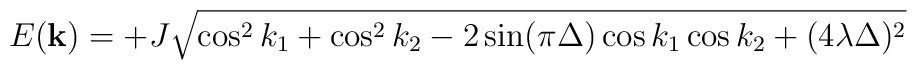
E({\bf k})=+J \sqrt{\cos ^2 k_1 + \cos ^2 k_2 -2 \sin(\pi \Delta)\cos k_1 \cos k_2 + (4\lambda \Delta)^2 }